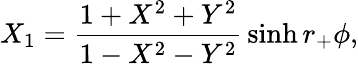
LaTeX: X_{1}={\frac{1+X^{2}+Y^{2}}{1-X^{2}-Y^{2}}}\sinh r_{+}\phi,